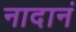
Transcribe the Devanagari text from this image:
नादानं